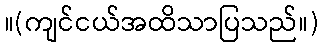
။(ကျင်ငယ်အထိသာပြသည်။)